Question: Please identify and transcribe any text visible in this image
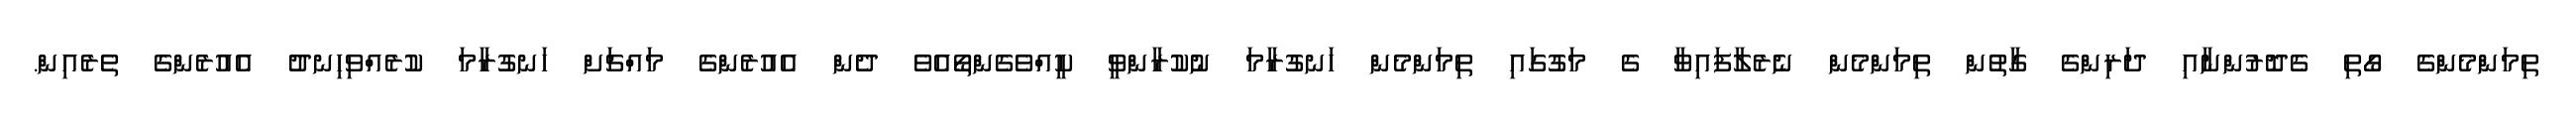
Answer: ތިމަންމެންގެ ގޯތި ގެދޮރުންނާއި ދަރިންގެ ގާތުން ތިމަންމެން ނެރެލާފައިވާ ގެ މަގުގައި ތިމަންމެން ހަނގުރާމަ ނުކުރާންވީ ކީއްވެގެންތޯއެވެ ދެން އެއުރެންގެ މައްޗަށް ހަނގުރާމަ ކުރެއްވިހިނދު އެއުރެންގެ ތެރެއިން.